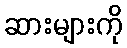
ဆားများကို